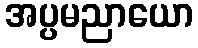
အပ္ပမညာယော